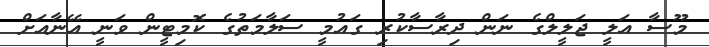
މޫސާ އަލީ ޖަލީލްގެ ނަން ދިރާސާކުރި ގައުމީ ސަލާމަތުގެ ކޮމިޓީން ވަނީ އޭނާއަށް